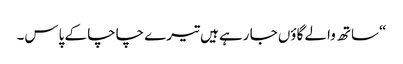
“ساتھ والے گاؤں جا رہے ہیں تیرے چاچا کے پاس۔